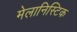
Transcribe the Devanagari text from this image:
मेलानिस्टिक